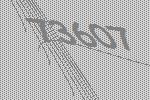
73607